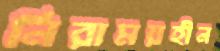
নিরাময়হীন